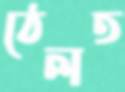
ঠেলত